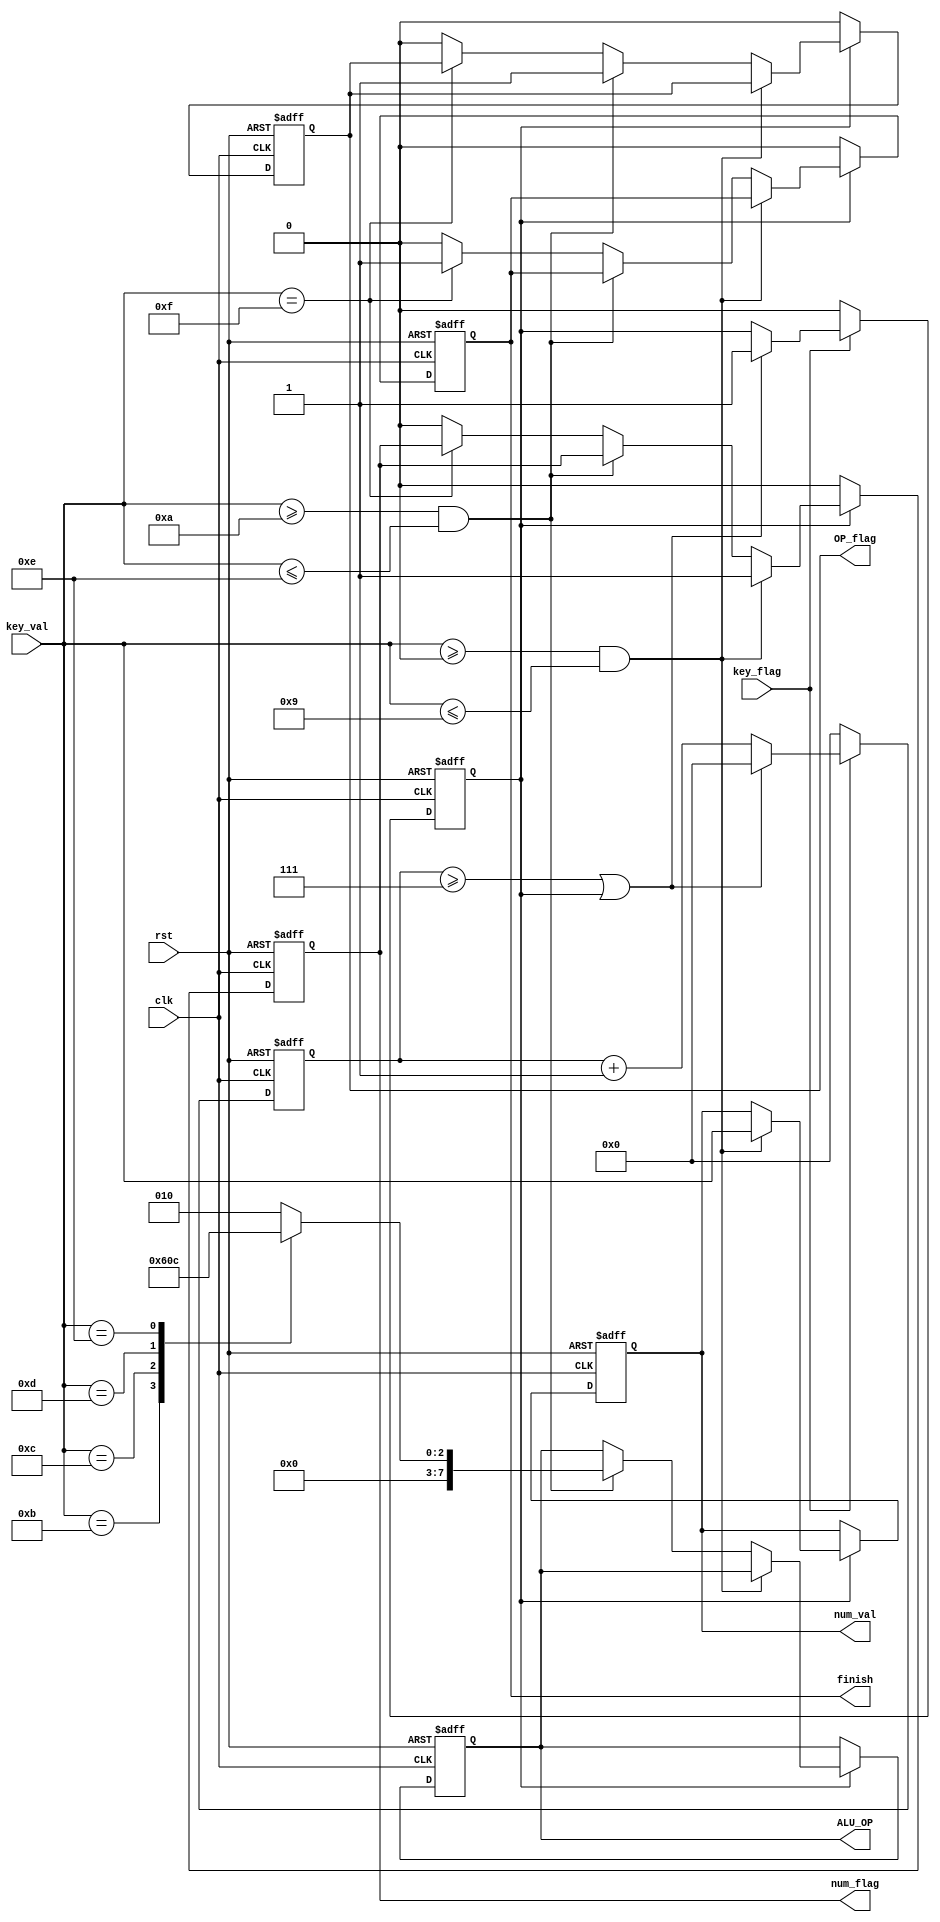
`timescale 1ns / 1ps
//////////////////////////////////////////////////////////////////////////////////
// Company: 
// Engineer: 
// 
// Design Name: 
// Module Name: PreKey
// Project Name: 
// Target Devices: 
// Tool Versions: 
// Description: 
// 
// Dependencies: 
// 
// Revision:
// Revision 0.01 - File Created
// Additional Comments:
// 
//////////////////////////////////////////////////////////////////////////////////


module PreKey(
    input  wire         clk,
    input  wire         rst,
	input  wire [3:0]   key_val,
    input  wire         key_flag,
	output reg  [3:0]   num_val,
	output reg  [7:0]   ALU_OP,
	output reg          num_flag,
	output reg          OP_flag,
	output reg          finish
);
  reg       flag;
  reg [3:0] delay_cnt = 4'b0000;
  parameter 
          AND  = 8'h00 ,
          OR   = 8'h01 ,
          ADD  = 8'h02 ,
          SUB  = 8'h03 ,
          SLT  = 8'h04 ;
  
always@( posedge clk, posedge rst)
	begin
		if(rst)
			begin
				num_val <= 4'h0;
				ALU_OP <= 8'h00;
				num_flag <= 1'b0;
				OP_flag <= 1'b0;
				finish <= 1'b0;
				flag <= 1'b0;
				delay_cnt <= 4'b0000;
			end
		else
			begin
				if(key_flag == 0)
					begin
						flag <= 1'b0 ;
						delay_cnt <= 4'b0000;
					end
				 else if(delay_cnt >= 4'b0111 || flag == 1'b1)
					begin
						flag <= 1'b1 ;
						delay_cnt <= 4'b0000;
					end
				 else    
						delay_cnt <= delay_cnt + 1'b1;
				
				if(flag)
					begin
						if(key_val>=4'h0 && key_val<=4'h9)
							begin
								num_flag <= 1'b1;
								num_val <= key_val;
							end
						else if(key_val>=4'hA && key_val<=4'hE)
							begin
								OP_flag <= 1'b1;
								case(key_val)
									4'hA: ALU_OP <= ADD;
									4'hB: ALU_OP <= SUB;
									4'hC: ALU_OP <= AND;
									4'hD: ALU_OP <= OR;
									4'hE: ALU_OP <= SLT;
									default:ALU_OP <= ADD;
								endcase
							end
						else if(key_val==4'hF)
							finish <= 1'b1;
						else
							begin
								num_flag <= 1'b0;
								OP_flag <= 1'b0;
								finish <= 1'b0;
							end
					end
				else
					begin
						num_flag <= 1'b0;
						OP_flag <= 1'b0;
						finish <= 1'b0;
					end
			end
    end
endmodule